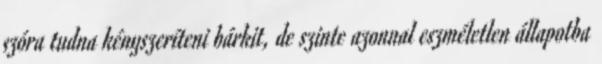
szóra tudna kényszeríteni bárkit, de szinte azonnal eszméletlen állapotba